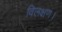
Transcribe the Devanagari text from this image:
विलक्षण।